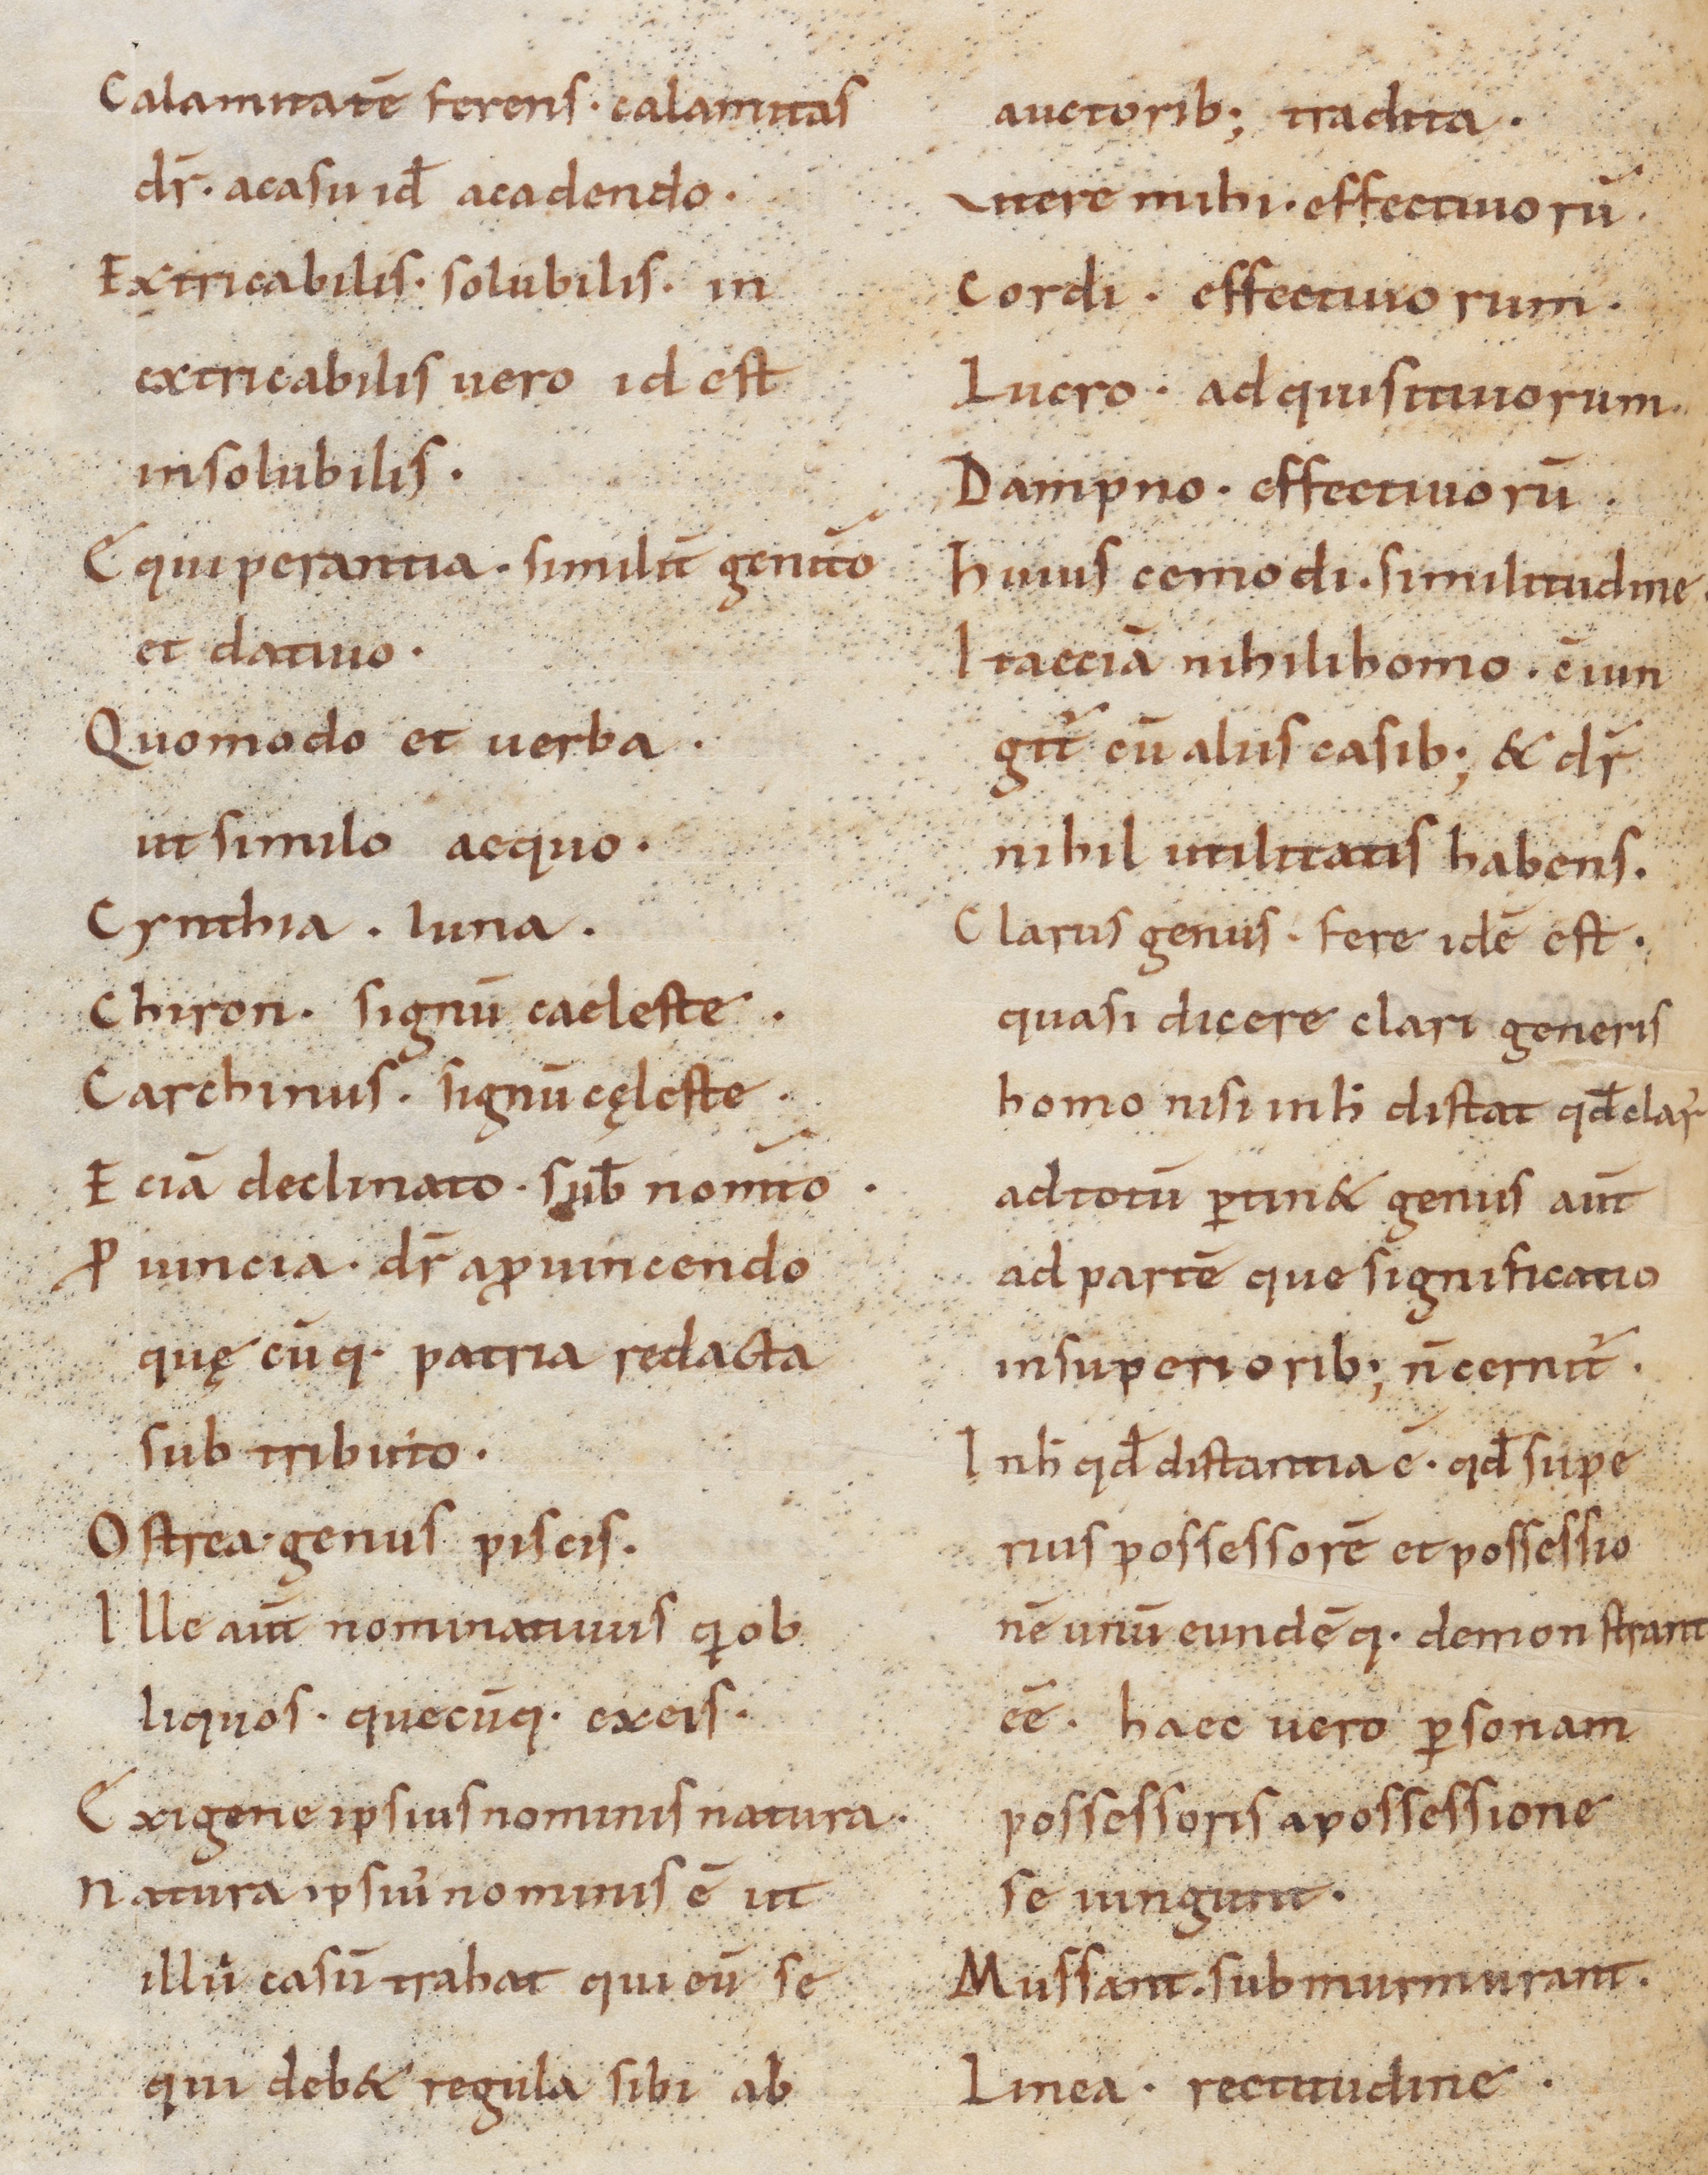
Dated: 900–1199